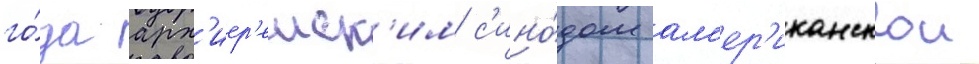
го́да арх'иер'еиск'им с'ино́дом ам'ер'иканскои